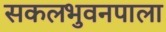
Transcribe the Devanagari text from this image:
सकलभुवनपाला